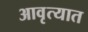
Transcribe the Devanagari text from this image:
आवृत्यात